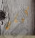
كيكي